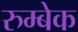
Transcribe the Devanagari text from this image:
रुम्बेक